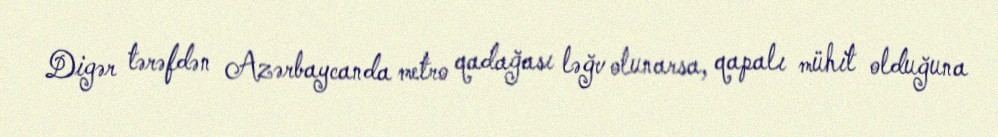
Digər tərəfdən Azərbaycanda metro qadağası ləğv olunarsa, qapalı mühit olduğuna